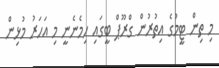
މި ތިން ޓީމުގެ އިތުރުން ގްރޫޕް ބީގައި ހިމެނެނީ މި އަހަރު މުޅިން